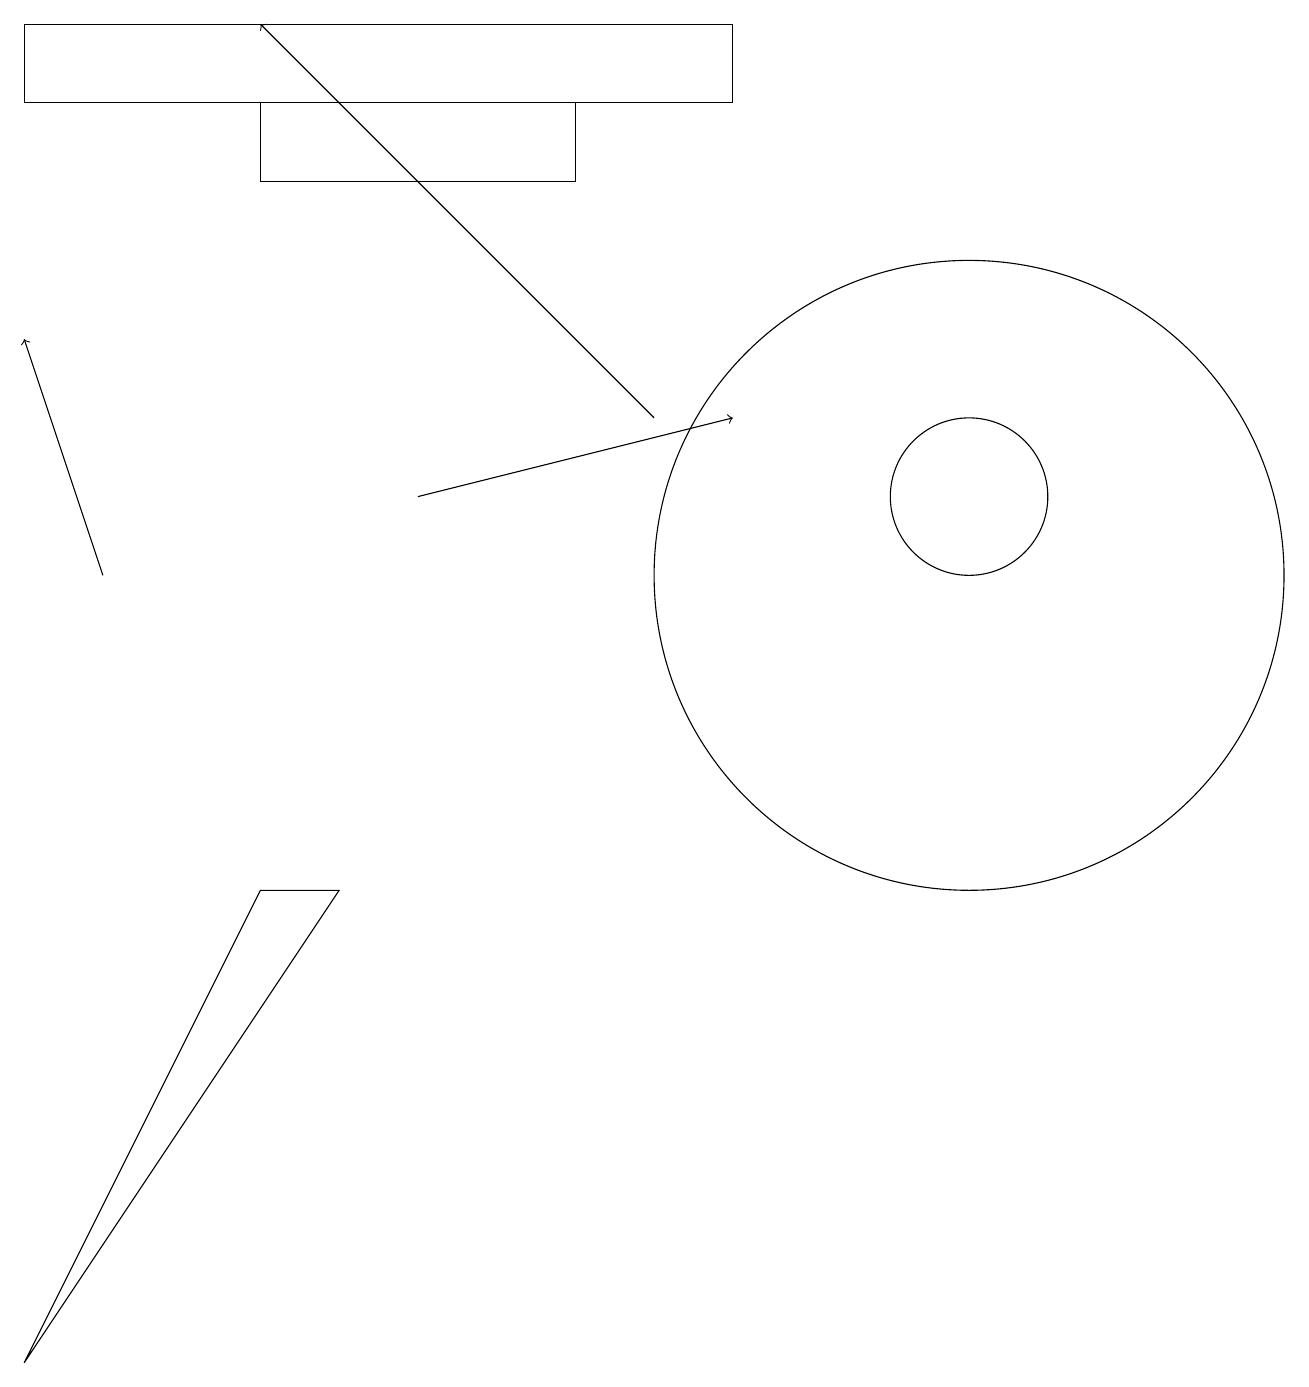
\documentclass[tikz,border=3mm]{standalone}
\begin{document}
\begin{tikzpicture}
\draw (12,11) circle (1);
\draw[->] (5,11) -- (9,12);
\draw (9,17) rectangle (0,16);
\draw[->] (8,12) -- (3,17);
\draw (3,6) -- (0,0) -- (4,6) -- cycle;
\draw (12,10) circle (4);
\draw[->] (1,10) -- (0,13);
\draw (7,15) rectangle (3,16);
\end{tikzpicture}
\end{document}